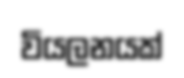
වියලනයක්